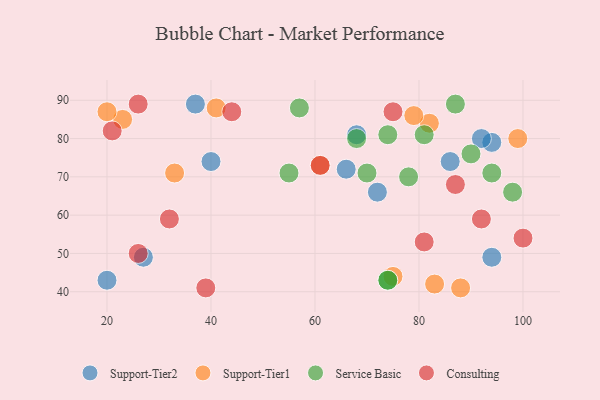
{"axis": {"x": "GDP", "y": "Life Expectancy"}, "legend": ["Consulting", "Service Basic", "Support-Tier1", "Support-Tier2"], "data": [{"x": "94", "y": 79, "type": "Support-Tier2"}, {"x": "86", "y": 74, "type": "Support-Tier2"}, {"x": "92", "y": 80, "type": "Support-Tier2"}, {"x": "66", "y": 72, "type": "Support-Tier2"}, {"x": "40", "y": 74, "type": "Support-Tier2"}, {"x": "27", "y": 49, "type": "Support-Tier2"}, {"x": "94", "y": 49, "type": "Support-Tier2"}, {"x": "72", "y": 66, "type": "Support-Tier2"}, {"x": "20", "y": 43, "type": "Support-Tier2"}, {"x": "68", "y": 81, "type": "Support-Tier2"}, {"x": "37", "y": 89, "type": "Support-Tier2"}, {"x": "23", "y": 85, "type": "Support-Tier1"}, {"x": "33", "y": 71, "type": "Support-Tier1"}, {"x": "88", "y": 41, "type": "Support-Tier1"}, {"x": "41", "y": 88, "type": "Support-Tier1"}, {"x": "82", "y": 84, "type": "Support-Tier1"}, {"x": "61", "y": 73, "type": "Support-Tier1"}, {"x": "99", "y": 80, "type": "Support-Tier1"}, {"x": "79", "y": 86, "type": "Support-Tier1"}, {"x": "83", "y": 42, "type": "Support-Tier1"}, {"x": "20", "y": 87, "type": "Support-Tier1"}, {"x": "75", "y": 44, "type": "Support-Tier1"}, {"x": "68", "y": 80, "type": "Service Basic"}, {"x": "55", "y": 71, "type": "Service Basic"}, {"x": "74", "y": 81, "type": "Service Basic"}, {"x": "98", "y": 66, "type": "Service Basic"}, {"x": "81", "y": 81, "type": "Service Basic"}, {"x": "78", "y": 70, "type": "Service Basic"}, {"x": "57", "y": 88, "type": "Service Basic"}, {"x": "70", "y": 71, "type": "Service Basic"}, {"x": "74", "y": 43, "type": "Service Basic"}, {"x": "94", "y": 71, "type": "Service Basic"}, {"x": "90", "y": 76, "type": "Service Basic"}, {"x": "87", "y": 89, "type": "Service Basic"}, {"x": "74", "y": 43, "type": "Service Basic"}, {"x": "92", "y": 59, "type": "Consulting"}, {"x": "81", "y": 53, "type": "Consulting"}, {"x": "75", "y": 87, "type": "Consulting"}, {"x": "26", "y": 50, "type": "Consulting"}, {"x": "87", "y": 68, "type": "Consulting"}, {"x": "61", "y": 73, "type": "Consulting"}, {"x": "26", "y": 89, "type": "Consulting"}, {"x": "44", "y": 87, "type": "Consulting"}, {"x": "32", "y": 59, "type": "Consulting"}, {"x": "39", "y": 41, "type": "Consulting"}, {"x": "100", "y": 54, "type": "Consulting"}, {"x": "21", "y": 82, "type": "Consulting"}]}